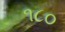
૧૮૦